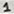
Text: 1